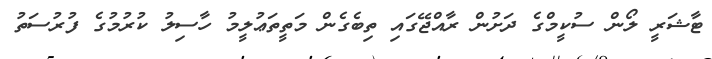
ޓާޝަރީ ލޯން ސުކީމްގެ ދަށުން ރާއްޖޭގައި ތިބެގެން މަތީތަޢުލީމު ހާސިލު ކުރުމުގެ ފުރުސަތު